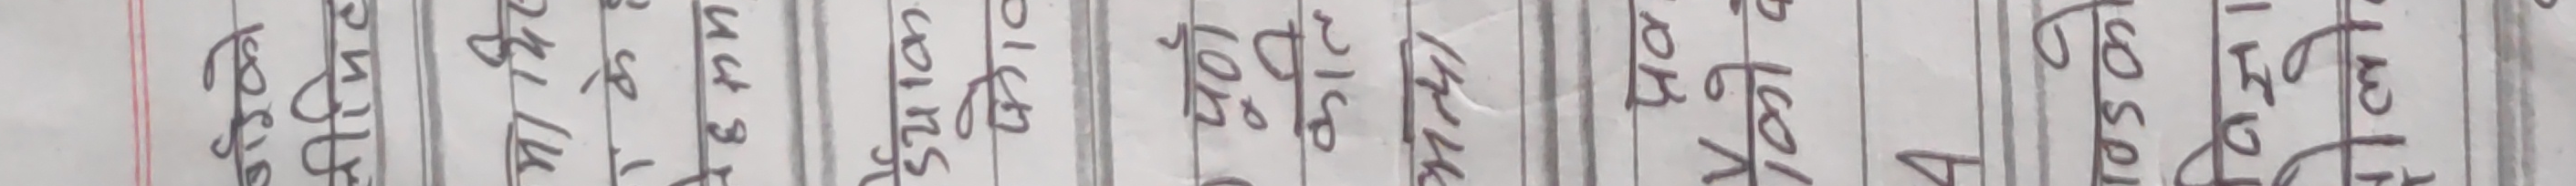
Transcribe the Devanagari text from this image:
गरेको
लीमिट
मा थिए
केह
ईयाक
फोट
पणे
कति
ما احد
1446
प्रव
कोद
4
150
COSPI